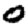
Digit: 0